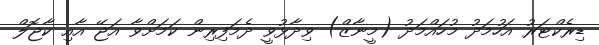
ޑިރެކްޓަރު އަހުމަދު މުހައްމަދު (މީނާޒް) ވިދާޅުވީ ދެމަފިރިން ކަމަށްވާ އަޖޭ އާއި ކާޖޮލް